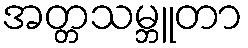
အတ္တသမ္ဘူတာ